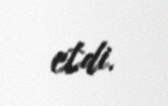
etdi.